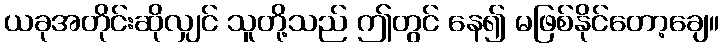
ယခုအတိုင်းဆိုလျှင် သူတို့သည် ဤတွင် နေ၍ မဖြစ်နိုင်တော့ချေ။